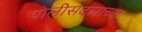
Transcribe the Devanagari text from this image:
पोलीसदलाच्या